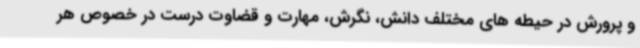
و پرورش در حیطه های مختلف دانش، نگرش، مهارت و قضاوت درست در خصوص هر